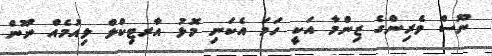
ނޫސް ވެރިންގެ ޒިންމާ އަކީ ހަމަ އެކަނި މޮޅު އާރޓިކްލް ލިއުމެއް ނޫން